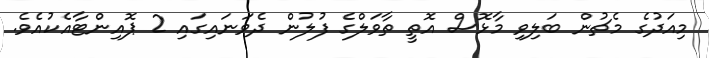
މިއަދުގެ މެޗުން ބަލިވި މާޅޮސް އޮތީ ތާވަލްގެ ފުލުން ދެވަނައިގައި 2 ޕޮއިންޓާއެކުއެވެ.